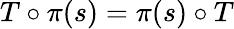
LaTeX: T\circ\pi(s)=\pi(s)\circ T